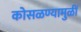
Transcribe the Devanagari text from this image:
कोसळण्यामुळीं